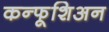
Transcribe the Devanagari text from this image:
कन्फूशिअन